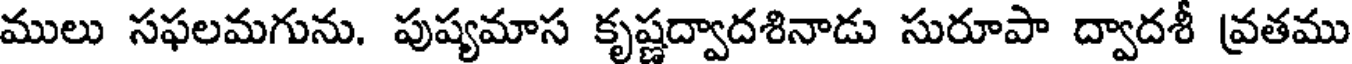
ములు సఫలమగును. పుష్యమాస కృష్ణద్వాదశినాడు సురూపా ద్వాదశీ వ్రతము